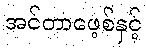
အင်တာဖေ့စ်နှင့်